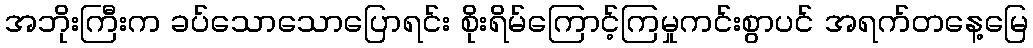
အဘိုးကြီးက ခပ်သောသောပြောရင်း စိုးရိမ်ကြောင့်ကြမှုကင်းစွာပင် အရက်တနေ့မြေ